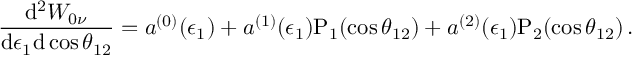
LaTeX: \frac { \mathrm { d } ^ { 2 } W _ { 0 \nu } } { \mathrm { d } \epsilon _ { 1 } \mathrm { d } \cos \theta _ { 1 2 } } = a ^ { ( 0 ) } ( \epsilon _ { 1 } ) + a ^ { ( 1 ) } ( \epsilon _ { 1 } ) \mathrm { P } _ { 1 } ( \cos \theta _ { 1 2 } ) + a ^ { ( 2 ) } ( \epsilon _ { 1 } ) \mathrm { P } _ { 2 } ( \cos \theta _ { 1 2 } ) \, .